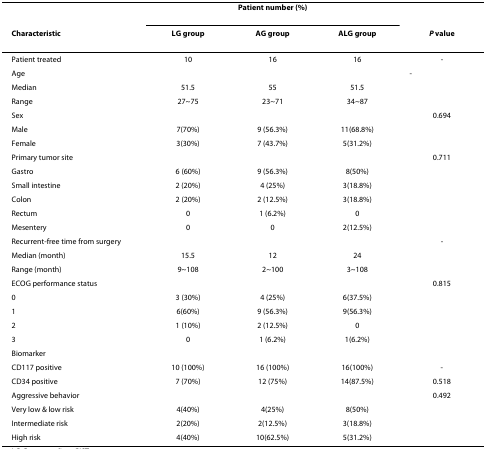
<table><thead><tr><td></td><td colspan="3"><b>Patient number (%)</b></td><td></td></tr><tr><td><b>Characteristic</b></td><td><b>LG group</b></td><td><b>AG group</b></td><td><b>ALG group</b></td><td><b><i>P </i>value</b></td></tr></thead><tbody><tr><td>Patient treated</td><td>10</td><td>16</td><td>16</td><td>-</td></tr><tr><td>Age</td><td></td><td></td><td></td><td>-</td></tr><tr><td>Median</td><td>51.5</td><td>55</td><td>51.5</td><td></td></tr><tr><td>Range</td><td>27~75</td><td>23~71</td><td>34~87</td><td></td></tr><tr><td>Sex</td><td></td><td></td><td></td><td>0.694</td></tr><tr><td>Male</td><td>7(70%)</td><td>9 (56.3%)</td><td>11(68.8%)</td><td></td></tr><tr><td>Female</td><td>3(30%)</td><td>7 (43.7%)</td><td>5(31.2%)</td><td></td></tr><tr><td>Primary tumor site</td><td></td><td></td><td></td><td>0.711</td></tr><tr><td>Gastro</td><td>6 (60%)</td><td>9 (56.3%)</td><td>8(50%)</td><td></td></tr><tr><td>Small intestine</td><td>2 (20%)</td><td>4 (25%)</td><td>3(18.8%)</td><td></td></tr><tr><td>Colon</td><td>2 (20%)</td><td>2 (12.5%)</td><td>3(18.8%)</td><td></td></tr><tr><td>Rectum</td><td>0</td><td>1 (6.2%)</td><td>0</td><td></td></tr><tr><td>Mesentery</td><td>0</td><td>0</td><td>2(12.5%)</td><td></td></tr><tr><td>Recurrent-free time from surgery</td><td></td><td></td><td></td><td>-</td></tr><tr><td>Median (month)</td><td>15.5</td><td>12</td><td>24</td><td></td></tr><tr><td>Range (month)</td><td>9~108</td><td>2~100</td><td>3~108</td><td></td></tr><tr><td>ECOG performance status</td><td></td><td></td><td></td><td>0.815</td></tr><tr><td>0</td><td>3 (30%)</td><td>4 (25%)</td><td>6(37.5%)</td><td></td></tr><tr><td>1</td><td>6(60%)</td><td>9 (56.3%)</td><td>9(56.3%)</td><td></td></tr><tr><td>2</td><td>1 (10%)</td><td>2 (12.5%)</td><td>0</td><td></td></tr><tr><td>3</td><td>0</td><td>1 (6.2%)</td><td>1(6.2%)</td><td></td></tr><tr><td>Biomarker</td><td></td><td></td><td></td><td></td></tr><tr><td>CD117 positive</td><td>10 (100%)</td><td>16 (100%)</td><td>16(100%)</td><td>-</td></tr><tr><td>CD34 positive</td><td>7 (70%)</td><td>12 (75%)</td><td>14(87.5%)</td><td>0.518</td></tr><tr><td>Aggressive behavior</td><td></td><td></td><td></td><td>0.492</td></tr><tr><td>Very low &amp; low risk</td><td>4(40%)</td><td>4(25%)</td><td>8(50%)</td><td></td></tr><tr><td>Intermediate risk</td><td>2(20%)</td><td>2(12.5%)</td><td>3(18.8%)</td><td></td></tr><tr><td>High risk</td><td>4(40%)</td><td>10(62.5%)</td><td>5(31.2%)</td><td></td></tr></tbody></table>